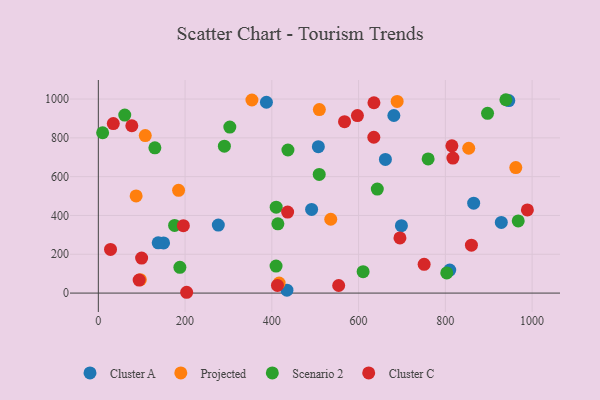
{"axis": {"x": "Investment", "y": "Exam Score"}, "legend": ["Cluster A", "Cluster C", "Projected", "Scenario 2"], "data": [{"x": "810.1", "y": 118.8, "type": "Cluster A"}, {"x": "276.6", "y": 350.7, "type": "Cluster A"}, {"x": "946.2", "y": 992.2, "type": "Cluster A"}, {"x": "698.7", "y": 347.3, "type": "Cluster A"}, {"x": "491.7", "y": 431.2, "type": "Cluster A"}, {"x": "150.4", "y": 258.4, "type": "Cluster A"}, {"x": "681.3", "y": 915.1, "type": "Cluster A"}, {"x": "865.3", "y": 463.6, "type": "Cluster A"}, {"x": "387.5", "y": 983.5, "type": "Cluster A"}, {"x": "929.0", "y": 364.1, "type": "Cluster A"}, {"x": "661.8", "y": 688.7, "type": "Cluster A"}, {"x": "507.2", "y": 754.4, "type": "Cluster A"}, {"x": "434.8", "y": 14.8, "type": "Cluster A"}, {"x": "138.0", "y": 259.1, "type": "Cluster A"}, {"x": "962.4", "y": 646.8, "type": "Projected"}, {"x": "509.5", "y": 945.9, "type": "Projected"}, {"x": "853.9", "y": 746.5, "type": "Projected"}, {"x": "688.9", "y": 987.7, "type": "Projected"}, {"x": "535.8", "y": 380.6, "type": "Projected"}, {"x": "185.0", "y": 529.8, "type": "Projected"}, {"x": "354.1", "y": 995.0, "type": "Projected"}, {"x": "108.2", "y": 811.7, "type": "Projected"}, {"x": "416.8", "y": 51.8, "type": "Projected"}, {"x": "96.8", "y": 68.9, "type": "Projected"}, {"x": "87.1", "y": 500.5, "type": "Projected"}, {"x": "610.4", "y": 110.4, "type": "Scenario 2"}, {"x": "9.9", "y": 826.2, "type": "Scenario 2"}, {"x": "409.7", "y": 139.4, "type": "Scenario 2"}, {"x": "290.6", "y": 756.9, "type": "Scenario 2"}, {"x": "188.0", "y": 132.8, "type": "Scenario 2"}, {"x": "897.3", "y": 926.3, "type": "Scenario 2"}, {"x": "643.1", "y": 536.0, "type": "Scenario 2"}, {"x": "60.9", "y": 917.6, "type": "Scenario 2"}, {"x": "437.1", "y": 737.4, "type": "Scenario 2"}, {"x": "175.8", "y": 348.9, "type": "Scenario 2"}, {"x": "803.2", "y": 104.0, "type": "Scenario 2"}, {"x": "130.4", "y": 748.4, "type": "Scenario 2"}, {"x": "509.2", "y": 611.7, "type": "Scenario 2"}, {"x": "968.0", "y": 371.9, "type": "Scenario 2"}, {"x": "939.5", "y": 996.5, "type": "Scenario 2"}, {"x": "410.0", "y": 442.8, "type": "Scenario 2"}, {"x": "413.9", "y": 357.0, "type": "Scenario 2"}, {"x": "760.3", "y": 691.2, "type": "Scenario 2"}, {"x": "303.1", "y": 855.4, "type": "Scenario 2"}, {"x": "567.6", "y": 883.4, "type": "Cluster C"}, {"x": "196.0", "y": 347.6, "type": "Cluster C"}, {"x": "860.1", "y": 246.9, "type": "Cluster C"}, {"x": "597.3", "y": 914.8, "type": "Cluster C"}, {"x": "695.3", "y": 284.4, "type": "Cluster C"}, {"x": "203.6", "y": 4.2, "type": "Cluster C"}, {"x": "635.4", "y": 981.0, "type": "Cluster C"}, {"x": "635.1", "y": 803.1, "type": "Cluster C"}, {"x": "815.1", "y": 758.7, "type": "Cluster C"}, {"x": "34.5", "y": 873.8, "type": "Cluster C"}, {"x": "817.4", "y": 695.7, "type": "Cluster C"}, {"x": "412.9", "y": 39.4, "type": "Cluster C"}, {"x": "554.1", "y": 39.2, "type": "Cluster C"}, {"x": "99.8", "y": 180.7, "type": "Cluster C"}, {"x": "751.1", "y": 148.0, "type": "Cluster C"}, {"x": "94.1", "y": 67.3, "type": "Cluster C"}, {"x": "989.1", "y": 428.4, "type": "Cluster C"}, {"x": "77.2", "y": 862.4, "type": "Cluster C"}, {"x": "436.4", "y": 417.7, "type": "Cluster C"}, {"x": "28.1", "y": 225.1, "type": "Cluster C"}]}